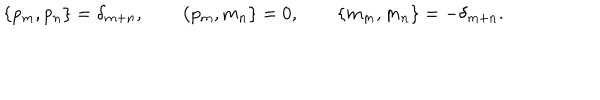
\{ p _ { m } , p _ { n } \} = \delta _ { m + n } , \qquad \{ p _ { m } , m _ { n } \} = 0 , \qquad \{ m _ { m } , m _ { n } \} = - \delta _ { m + n } .